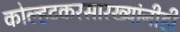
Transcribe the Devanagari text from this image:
कोल्हटकरसारख्यांनीही